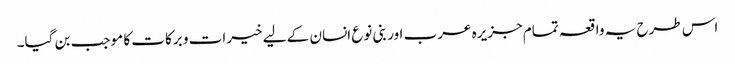
اس طرح یہ واقعہ تمام جزیرہ عرب اور بنی نوع انسان کے لیے خیرات و برکات کا موجب بن گیا۔